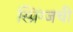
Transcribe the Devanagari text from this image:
स्प्रिंग्जची